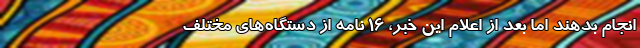
انجام بدهند اما بعد از اعلام این خبر، ۱۶ نامه از دستگاه‌های مختلف